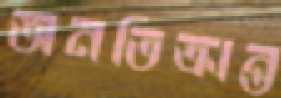
অনতিক্রান্ত